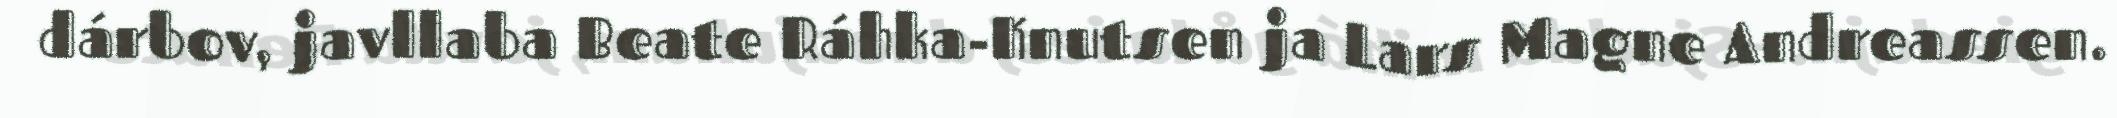
dárbov, javllaba Beate Ráhka-Knutsen ja Lars Magne Andreassen.